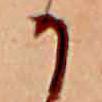
か